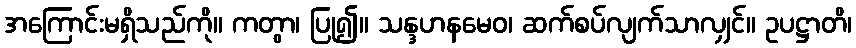
အကြောင်းမရှိသည်ကို။ ကတွာ၊ ပြု၍။ သန္ဒဟနမေဝ၊ ဆက်စပ်လျက်သာလျှင်။ ဥပဋ္ဌာတိ၊